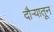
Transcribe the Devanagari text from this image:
दौर्‍यातून